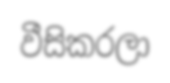
වීසිකරලා